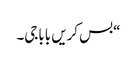
“بس کریں باباجی۔